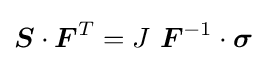
{\boldsymbol {S}}\cdot {\boldsymbol {F}}^{T}=J~{\boldsymbol {F}}^{-1}\cdot {\boldsymbol {\sigma }}